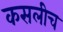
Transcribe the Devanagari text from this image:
कसलीच